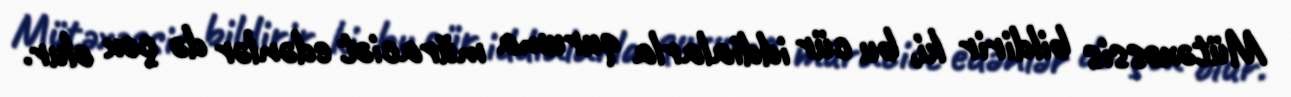
Mütəxəssis bildirir ki, bu cür iddialarla quruma müraciət edənlər də çox olur.